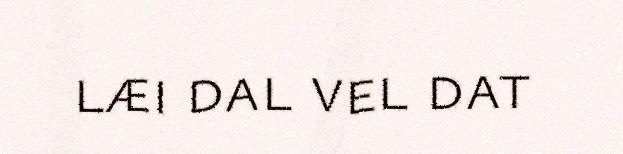
læi dal vel dat